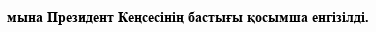
мына Президент Кеңсесінің бастығы қосымша енгізілді.